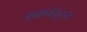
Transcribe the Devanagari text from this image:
स्क्वाड्र्न